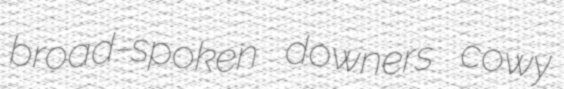
broad-spoken downers cowy